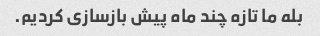
بله ما تازه چند ماه پیش بازسازی کردیم.